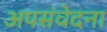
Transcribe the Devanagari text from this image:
अपसंवेदना